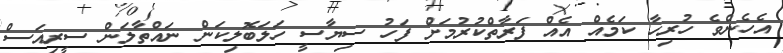
އެހެންވެ ހުރިހާ ކަމެއް އެއް ފަރާތްކުރުމަށް ފަހު ސިޔާސީ ހަލަބޮލިކަން ނައްތާލަން ސީރިއަސް